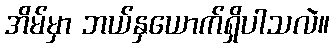
အိမ်မှာ ဘယ်နှယောက်ရှိပါသလဲ။